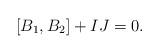
LaTeX: \begin{align*} [B_1,B_2] + IJ = 0.\end{align*}